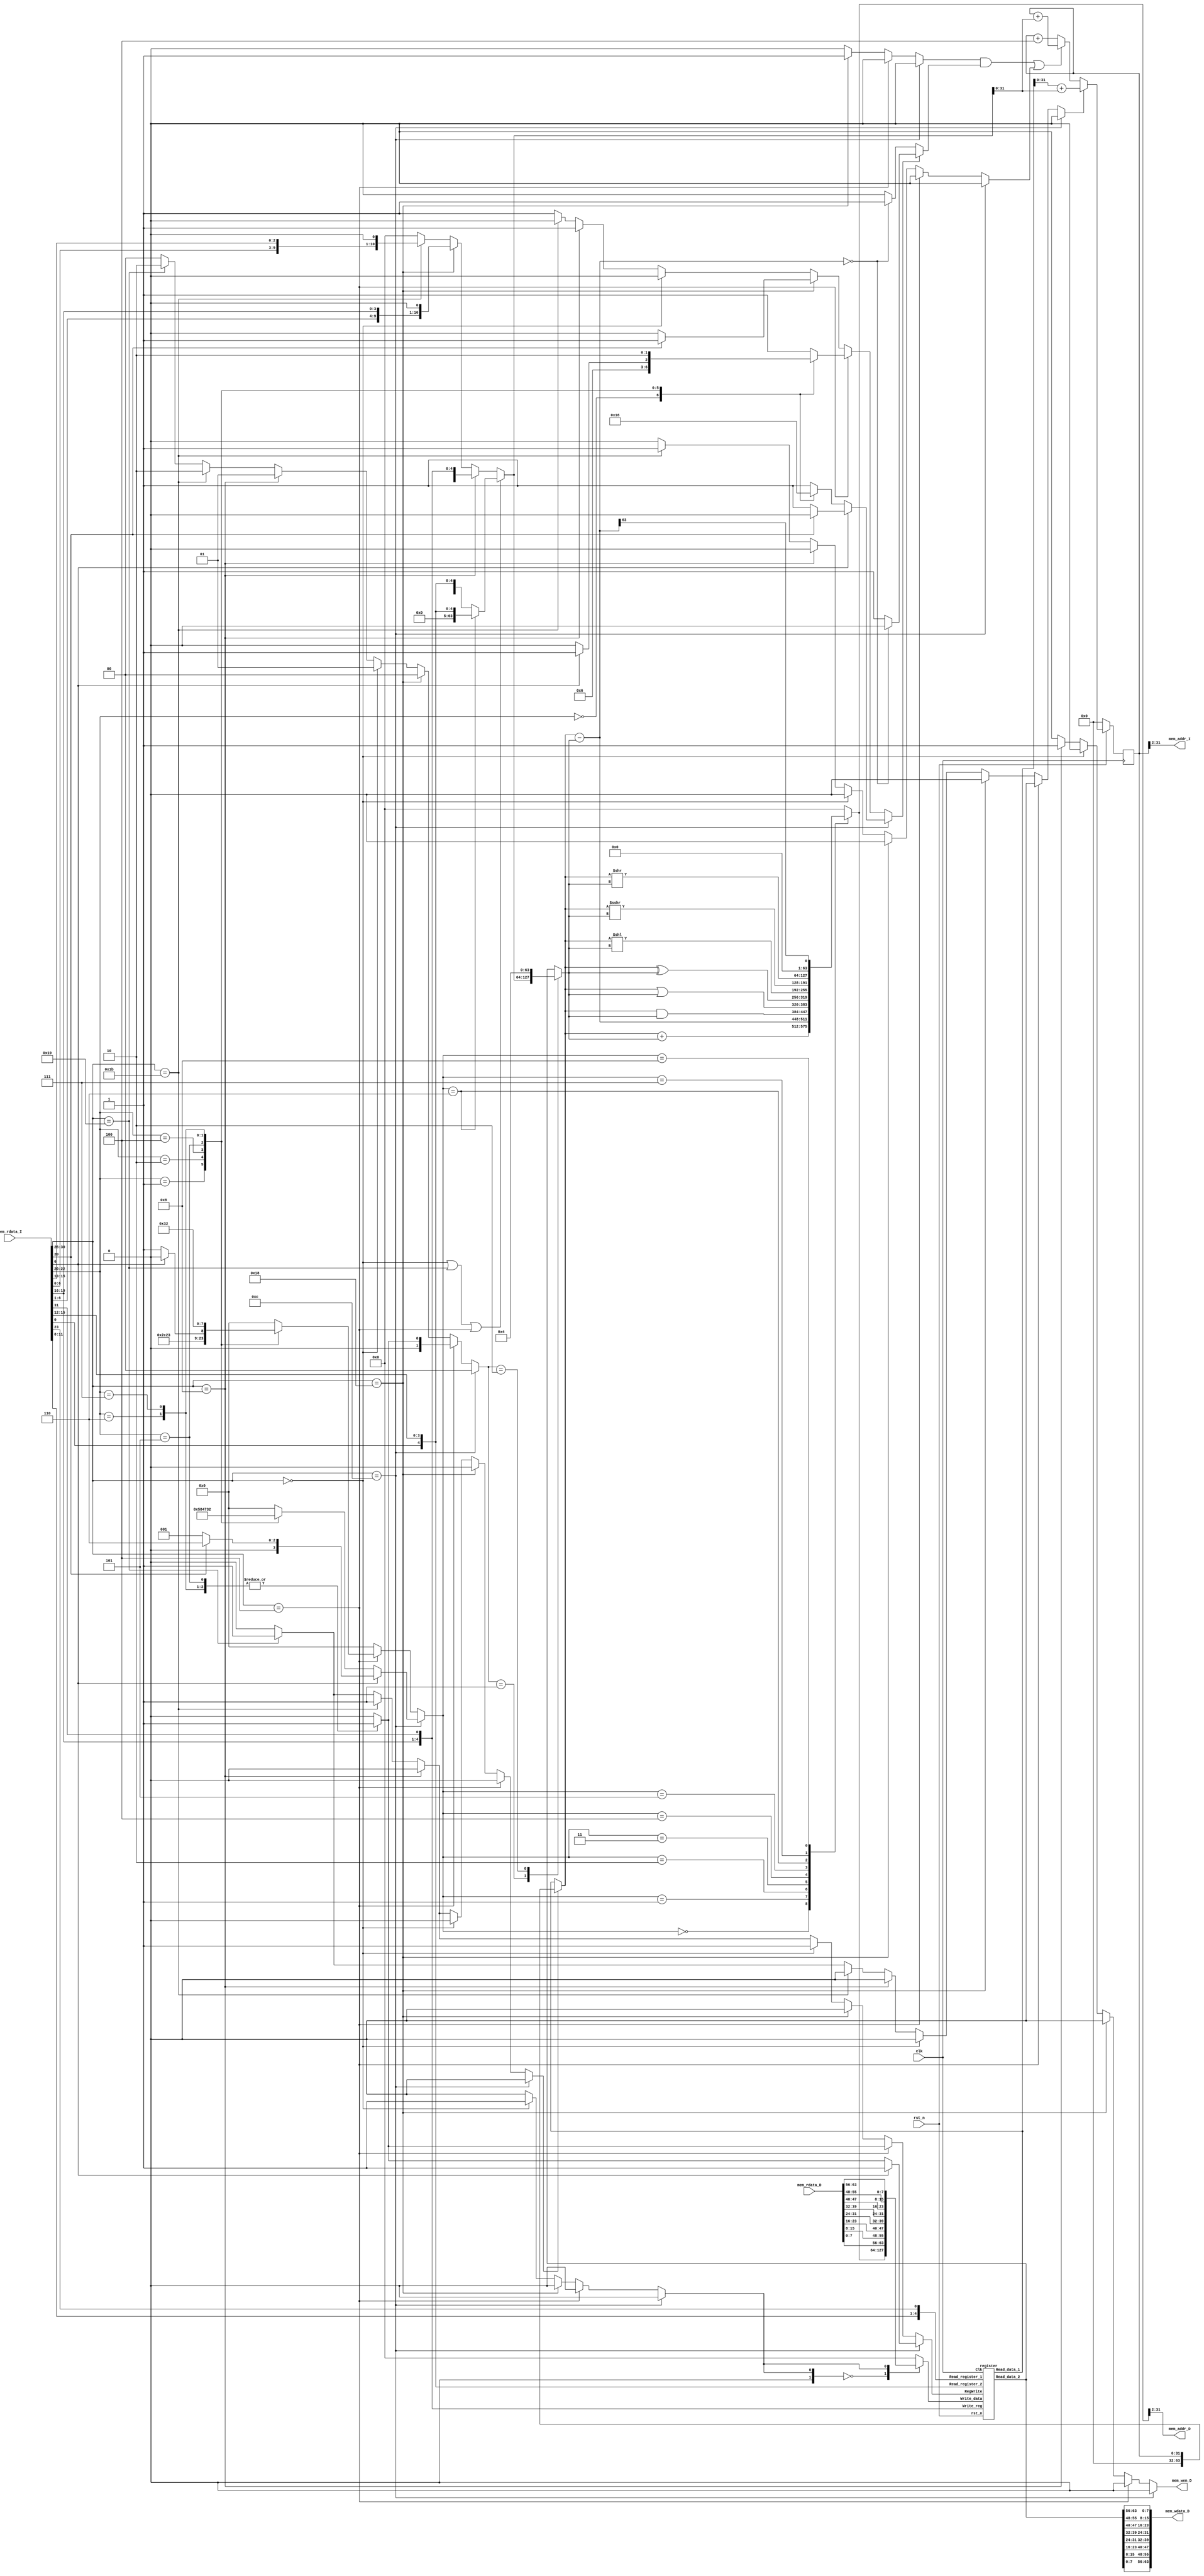
// Your code

module RISCV(clk,
            rst_n,
            // for mem_D
            mem_wen_D,
            mem_addr_D,
            mem_wdata_D,
            mem_rdata_D,
            // for mem_I
            mem_addr_I,
            mem_rdata_I
    );

    input             clk, rst_n ;
    // for mem_D
    output reg        mem_wen_D  ;  // mem_wen_D is high, CHIP writes data to D-mem; else, CHIP reads data from D-mem
    output reg [29:0] mem_addr_D ;  // the specific address to fetch/store data 
    output reg [63:0] mem_wdata_D;  // data writing to D-mem 
    input      [63:0] mem_rdata_D;  // data reading from D-mem
    // for mem_I
    output reg [29:0] mem_addr_I ;  // the fetching address of next instruction
    input      [31:0] mem_rdata_I;  // instruction reading from I-mem
    
    // i/o of mem_I
    reg    [31:0] Instruction;
    //output of mem_D
    reg    [63:0] Memory_read;
    //PC_generator
    reg    [31:0] PC_nxt;
    reg    [31:0] PC;
    // register
    reg    [63:0] Write_data_nxt;
    reg           RegWrite;
    reg    [63:0] Read_data_1;
    reg    [63:0] Read_data_2;
    wire    [63:0] Read_data_1_wire;
    wire    [63:0] Read_data_2_wire;
    //Alu
    reg    [3:0]  Aluop;
    reg           Alusrc1;
	reg    [1:0]  Alusrc2;
    reg    [63:0] Imm_gen;
    reg    [63:0] Alu_result;
    //Memory
    reg           Memwrite;
    //Write_data_nxt_generator
    reg    [1:0]  Memtoreg;
    //control
    reg           Branch;
    reg           Jal;
    reg           Jalr;
	
	reg        [4:0]  opcode;
	reg [4:0] signal;
   
    always@(*)
    begin
		Memory_read={mem_rdata_D[7:0],mem_rdata_D[15:8],mem_rdata_D[23:16],mem_rdata_D[31:24],mem_rdata_D[39:32],mem_rdata_D[47:40],mem_rdata_D[55:48],mem_rdata_D[63:56]};
        Instruction={mem_rdata_I[7:0],mem_rdata_I[15:8],mem_rdata_I[23:16],mem_rdata_I[31:24]};
        mem_addr_I=PC[31:2];
        mem_wen_D=Memwrite;
        mem_addr_D=Alu_result[31:2];
		mem_wdata_D={Read_data_2[7:0],Read_data_2[15:8],Read_data_2[23:16],Read_data_2[31:24],Read_data_2[39:32],Read_data_2[47:40],Read_data_2[55:48],Read_data_2[63:56]};
        Read_data_1=Read_data_1_wire;
        Read_data_2=Read_data_2_wire;
		opcode=Instruction[6:2];
           
    end
    
    //PC_generator 
    always@(posedge clk)
    begin
        if(!rst_n)
            PC<=0;
        else
            PC<=PC_nxt;
    end     
    

    register r(.Clk(clk),
               .rst_n(rst_n),
               .Read_register_1(Instruction[19:15]),
               .Read_register_2(Instruction[24:20]),
               .Write_reg(Instruction[11:7]),
               .Write_data(Write_data_nxt),
               .RegWrite(RegWrite),
               .Read_data_1(Read_data_1_wire),
               .Read_data_2(Read_data_2_wire)
    );
    
    
    //Alu A
    
    reg                 carry;
	reg          [63:0] input1;
    reg          [63:0] input2;
    reg          [63:0] sub_result;
	reg                 zero;
    always@(*)
    begin
		if(Alusrc1)
		begin
			input1={32'd0,PC};
		end
		else
		begin
			input1=Read_data_1;
		end
		
		case(Alusrc2)
			0:input2=Read_data_2;
			1:input2=Imm_gen;
			2:input2=64'd4;
			default:input2=Read_data_2;
		endcase
		
        Alu_result=63'd0;
		zero=0;
        {carry, sub_result}=$signed(input1)-$signed(input2);   
        case(Aluop)
            0:{carry,Alu_result}=$signed(input1)+$signed(input2);
            1: Alu_result=sub_result;
            2: Alu_result=input1&input2;
            3: Alu_result=input1|input2;
            4: Alu_result=input1^input2;
            5: Alu_result=input1<<input2;
            6: Alu_result=$signed(input1)>>>$signed(input2);
            7: Alu_result=input1>>input2;
            8: Alu_result=sub_result[63];
            default:Alu_result=64'd0;
         endcase
		 
		if(signal[0])
		begin
			if(sub_result==0)
				zero=0;
			else
				zero=1;
		end
        else
		begin
			if(sub_result==0)
				zero=1;
			else
				zero=0;
        end
    end
 
          
           
    
   //Write_data_nxt_generator wd_n    
    always@(*)
    begin
        Write_data_nxt=64'd0;
        case(Memtoreg)
            0:Write_data_nxt=Alu_result;
            1:Write_data_nxt=Memory_read;
            default:Write_data_nxt=64'd0;
        endcase  
    end    
     
           
  //control crtl    
	parameter sig_jal=5'd0;
	parameter sig_jalr=5'd1;
	parameter sig_beq=5'd2;
	parameter sig_bne=5'd3;
	parameter sig_ld=5'd4;
	parameter sig_sd=5'd5;
	parameter sig_addi=5'd6;
	parameter sig_slti=5'd7;
	parameter sig_xori=5'd8;
	parameter sig_ori=5'd9;
	parameter sig_andi=5'd10;
	parameter sig_slli=5'd11;
	parameter sig_srli=5'd12;
	parameter sig_srai=5'd13;
	parameter sig_add=5'd14;
	parameter sig_sub=5'd15;
	parameter sig_sll=5'd16;//no
	parameter sig_slt=5'd17;
	parameter sig_xor=5'd18;
	parameter sig_srl=5'd19;//no
	parameter sig_sra=5'd20;//no
	parameter sig_or=5'd21;
	parameter sig_and=5'd22;
	parameter sig_wrong=5'd31;

	always@(*)
	begin
		if(opcode==5'b01100)//r type
		begin
			if(Instruction[30])
			begin
				if(Instruction[12])
				begin
					signal=sig_sra;
                    Jal=0;
                    Jalr=0;
                    Branch=0;
                    Memwrite=0;
                    Memtoreg=0;
                    RegWrite=1;
                    Alusrc1=0;
                    Alusrc2=0;
                    Aluop=4'd6;				
				end
				else
				begin
					signal=sig_sub;
                    Jal=0;
                    Jalr=0;
                    Branch=0;
                    Memwrite=0;
                    Memtoreg=0;
                    RegWrite=1;
                    Alusrc1=0;
                    Alusrc2=0;
                    Aluop=4'd1;	
				end
			end
			else
			begin
				case(Instruction[14:12])
					3'b000:
                    begin
                    signal=sig_add;
                        Jal=0;
                        Jalr=0;
                        Branch=0;
                        Memwrite=0;
                        Memtoreg=0;
                        RegWrite=1;
                        Alusrc1=0;
                        Alusrc2=0;
                        Aluop=4'd0;	
                    end
					3'b001://signal=sig_sll;
                    begin
                        signal=sig_sll;
                        Jal=0;
                        Jalr=0;
                        Branch=0;
                        Memwrite=0;
                        Memtoreg=0;
                        RegWrite=1;
                        Alusrc1=0;
                        Alusrc2=0;
                        Aluop=4'd5;				
                    end
					3'b010://signal=sig_slt;
                    begin
                        signal=sig_slt;
                        Jal=0;
                        Jalr=0;
                        Branch=0;
                        Memwrite=0;
                        Memtoreg=0;
                        RegWrite=1;
                        Alusrc1=0;
                        Alusrc2=0;
                        Aluop=4'd8;				
                    end	
					3'b100://signal=sig_xor;
                    begin
                        signal=sig_xor;
                        Jal=0;
                        Jalr=0;
                        Branch=0;
                        Memwrite=0;
                        Memtoreg=0;
                        RegWrite=1;
                        Alusrc1=0;
                        Alusrc2=0;
                        Aluop=4'd4;				
                    end	
					3'b101://signal=sig_srl;
                    begin
                        signal=sig_srl;
                        Jal=0;
                        Jalr=0;
                        Branch=0;
                        Memwrite=0;
                        Memtoreg=0;
                        RegWrite=1;
                        Alusrc1=0;
                        Alusrc2=0;
                        Aluop=4'd7;			
                    end
					3'b110://signal=sig_or;
                    begin
                        signal=sig_or;
                        Jal=0;
                        Jalr=0;
                        Branch=0;
                        Memwrite=0;
                        Memtoreg=0;
                        RegWrite=1;
                        Alusrc1=0;
                        Alusrc2=0;
                        Aluop=4'd3;				
                    end
					3'b111://signal=sig_and;
                    begin
                        signal=sig_and;
                        Jal=0;
                        Jalr=0;
                        Branch=0;
                        Memwrite=0;
                        Memtoreg=0;
                        RegWrite=1;
                        Alusrc1=0;
                        Alusrc2=0;
                        Aluop=4'd2;				
                    end
					default://signal=sig_wrong;
                    begin
                        signal=sig_wrong;
                        Jal=0;
                        Jalr=0;
                        Branch=0;
                        Memwrite=0;
                        Memtoreg=0;
                        RegWrite=0;
                        Alusrc1=0;
                        Alusrc2=0;
                        Aluop=4'd0;
                    end
				endcase
			end
		end
		else if(opcode==5'b00100)
		begin
			case(Instruction[14:12])
				3'b000://signal=sig_addi;
                begin
                    signal=sig_addi;
                    Jal=0;
                    Jalr=0;
                    Branch=0;
                    Memwrite=0;
                    Memtoreg=0;
                    RegWrite=1;
                    Alusrc1=0;
                    Alusrc2=1;
                    Aluop=4'd0;			
                end
				3'b001://signal=sig_slli;
                begin
                    signal=sig_slli;
                    Jal=0;
                    Jalr=0;
                    Branch=0;
                    Memwrite=0;
                    Memtoreg=0;
                    RegWrite=1;
                    Alusrc1=0;
                    Alusrc2=1;
                    Aluop=4'd5;				
                end
				3'b010://signal=sig_slti;
                begin
                    signal=sig_slti;
				Jal=0;
				Jalr=0;
				Branch=0;
				Memwrite=0;
				Memtoreg=0;
				RegWrite=1;
				Alusrc1=0;
				Alusrc2=1;
				Aluop=4'd8;			
			    end
				3'b100://signal=sig_xori;
                begin
                    signal=sig_xori;
				Jal=0;
				Jalr=0;
				Branch=0;
				Memwrite=0;
				Memtoreg=0;
				RegWrite=1;
				Alusrc1=0;
				Alusrc2=1;
				Aluop=4'd4;			
			    end
				3'b101:
				begin
					if(Instruction[30])
						//signal=sig_srai;
                        begin
                            signal=sig_srai;
                            Jal=0;
                            Jalr=0;
                            Branch=0;
                            Memwrite=0;
                            Memtoreg=0;
                            RegWrite=1;
                            Alusrc1=0;
                            Alusrc2=1;
                            Aluop=4'd6;			
                        end
					else
						//signal=sig_srli;
                        begin
                            signal=sig_srli;
                            Jal=0;
                            Jalr=0;
                            Branch=0;
                            Memwrite=0;
                            Memtoreg=0;
                            RegWrite=1;
                            Alusrc1=0;
                            Alusrc2=1;
                            Aluop=4'd7;			
                        end
				end
				3'b110://signal=sig_ori;
                begin
                    signal=sig_ori;
                    Jal=0;
                    Jalr=0;
                    Branch=0;
                    Memwrite=0;
                    Memtoreg=0;
                    RegWrite=1;
                    Alusrc1=0;
                    Alusrc2=1;
                    Aluop=4'd3;			
                end
				3'b111://signal=sig_andi;
                begin
                    signal=sig_andi;
                    Jal=0;
                    Jalr=0;
                    Branch=0;
                    Memwrite=0;
                    Memtoreg=0;
                    RegWrite=1;
                    Alusrc1=0;
                    Alusrc2=1;
                    Aluop=4'd2;			
                end	
				default://signal=sig_wrong;
                begin
                    signal=sig_wrong;
                    Jal=0;
                    Jalr=0;
                    Branch=0;
                    Memwrite=0;
                    Memtoreg=0;
                    RegWrite=0;
                    Alusrc1=0;
                    Alusrc2=0;
                    Aluop=4'd0;
                end
			endcase				
		end
		else if(opcode==5'b11000)
		begin
			if(Instruction[12])
			begin
				//signal=sig_bne;
                signal=sig_bne;
                Jal=0;
				Jalr=0;
				Branch=1;
				Memwrite=0;
				Memtoreg=0;
				RegWrite=0;
				Alusrc1=0;
				Alusrc2=0;
				Aluop=4'd0;	
			end
			else
			begin
				//signal=sig_beq;
                signal=sig_beq;
                Jal=0;
				Jalr=0;
				Branch=1;
				Memwrite=0;
				Memtoreg=0;
				RegWrite=0;
				Alusrc1=0;
				Alusrc2=0;
				Aluop=4'd0;	
			end
		end
		else if(opcode==5'b00000)
		begin
			//signal=sig_ld;
            signal=sig_ld;
            Jal=0;
            Jalr=0;
            Branch=0;
            Memwrite=0;
            Memtoreg=1;
            RegWrite=1;
            Alusrc1=0;
            Alusrc2=1;
            Aluop=4'd0;	
		end	
		else if(opcode==5'b01000)
		begin
			//signal=sig_sd;
            signal=sig_sd;
            Jal=0;
				Jalr=0;
				Branch=0;
				Memwrite=1;
				Memtoreg=0;
				RegWrite=0;
				Alusrc1=0;
				Alusrc2=1;
				Aluop=4'd0;	
		end
		else if(opcode==5'b11011)
		begin
			//signal=sig_jal;
            signal=sig_jal;
            Jal=1;
				Jalr=0;
				Branch=0;
				Memwrite=0;
				Memtoreg=0;
				RegWrite=1;
				Alusrc1=1;
				Alusrc2=2;
				Aluop=4'd0;	
		end
		else if(opcode==5'b11001)
		begin
			//signal=sig_jalr;
            signal=sig_jalr;
            Jal=0;
				Jalr=1;
				Branch=0;
				Memwrite=0;
				Memtoreg=0;
				RegWrite=1;
				Alusrc1=1;
				Alusrc2=2;
				Aluop=4'd0;	
		end
		else
		begin
			//signal=sig_wrong;
            signal=sig_wrong;
            Jal=0;
				Jalr=0;
				Branch=0;
				Memwrite=0;
				Memtoreg=0;
				RegWrite=0;
				Alusrc1=0;
				Alusrc2=0;
				Aluop=4'd0;
		end
	end
   
   //Imm_gen   I
    always@(*)
    begin
        
        //I-type
        if(opcode==5'b00000||opcode==5'b11001||opcode==5'b00100)
        begin
			if(Aluop==6)
			begin
				Imm_gen={ 59'd0,Instruction[24:20] };
				
			end
			else
			begin
				Imm_gen={ {53{ Instruction[31]}},Instruction[30:25],Instruction[24:21],Instruction[20]};
				
			end
            
        end
        //S-type
        else if(opcode==5'b01000)
        begin
            Imm_gen={ {53{Instruction[31]}},Instruction[30:25],Instruction[11:8],Instruction[7]};
		
        end
        //B-type
        else if(opcode==5'b11000)
        begin
            Imm_gen={ {52{Instruction[31]}} ,Instruction[7],Instruction[30:25],Instruction[11:8],1'b0};
			
        end    
        //J-type
        else if(opcode==5'b11011)
        begin
            Imm_gen={ {44{Instruction[31]}} ,Instruction[19:12],Instruction[20],Instruction[30:25],Instruction[24:21],1'b0};
			
        end
        //R-type
        else 
        begin
            Imm_gen=64'd0;
			
        end          
    end 

    //PC_nxt_generator pc_n 
   
    always@(*)
    begin
        PC_nxt=32'd0;
        if(Jalr)
        begin
            PC_nxt=Read_data_1+Imm_gen;
        end
        else
        begin
            if(((Branch&& zero )||Jal))
                PC_nxt=PC+Imm_gen;
            else
                PC_nxt=PC+4;
        end
    end
    
endmodule

module register(Clk,
                rst_n,
                Read_register_1,
                Read_register_2,
                Write_reg,
                Write_data,
                RegWrite,
                Read_data_1,
                Read_data_2
    );
    input        Clk;
    input        rst_n;
    input [4:0]  Read_register_1;
    input [4:0]  Read_register_2;
    input [4:0]  Write_reg;
    input [63:0] Write_data;
    input        RegWrite;
    output reg [63:0]  Read_data_1;
    output reg [63:0]  Read_data_2;
    
    reg   [63:0] r [0:31] ;
    reg   [63:0] r_nxt [0:31] ;
    
    integer i; 
    
    always@(*)
    begin
        r[0]=63'd0;
        //output
        Read_data_1=r[Read_register_1];
        Read_data_2=r[Read_register_2];
        //r_nxt update
        for(i=1;i<32;i=i+1)
        begin
            if(Write_reg==i && RegWrite)
            begin
                r_nxt[i]=Write_data;
            end
            else
            begin
                r_nxt[i]=r[i];
            end
        end

    end
    
    always@(posedge Clk )
    begin
        if(!rst_n)
        begin
            for(i=1;i<32;i=i+1)
            begin
                r[i]<=63'd0;
            end
        end
        else
        begin
            for(i=1;i<32;i=i+1)
            begin
                r[i]<=r_nxt[i];
            end
        end

    end
    
endmodule